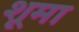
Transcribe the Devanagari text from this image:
शूमा